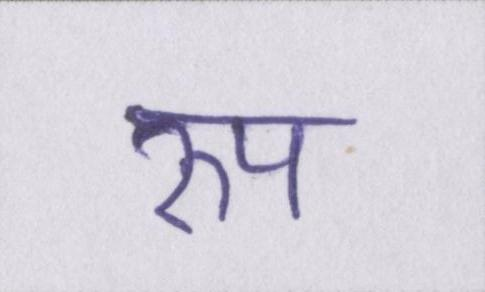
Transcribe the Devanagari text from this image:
रुप